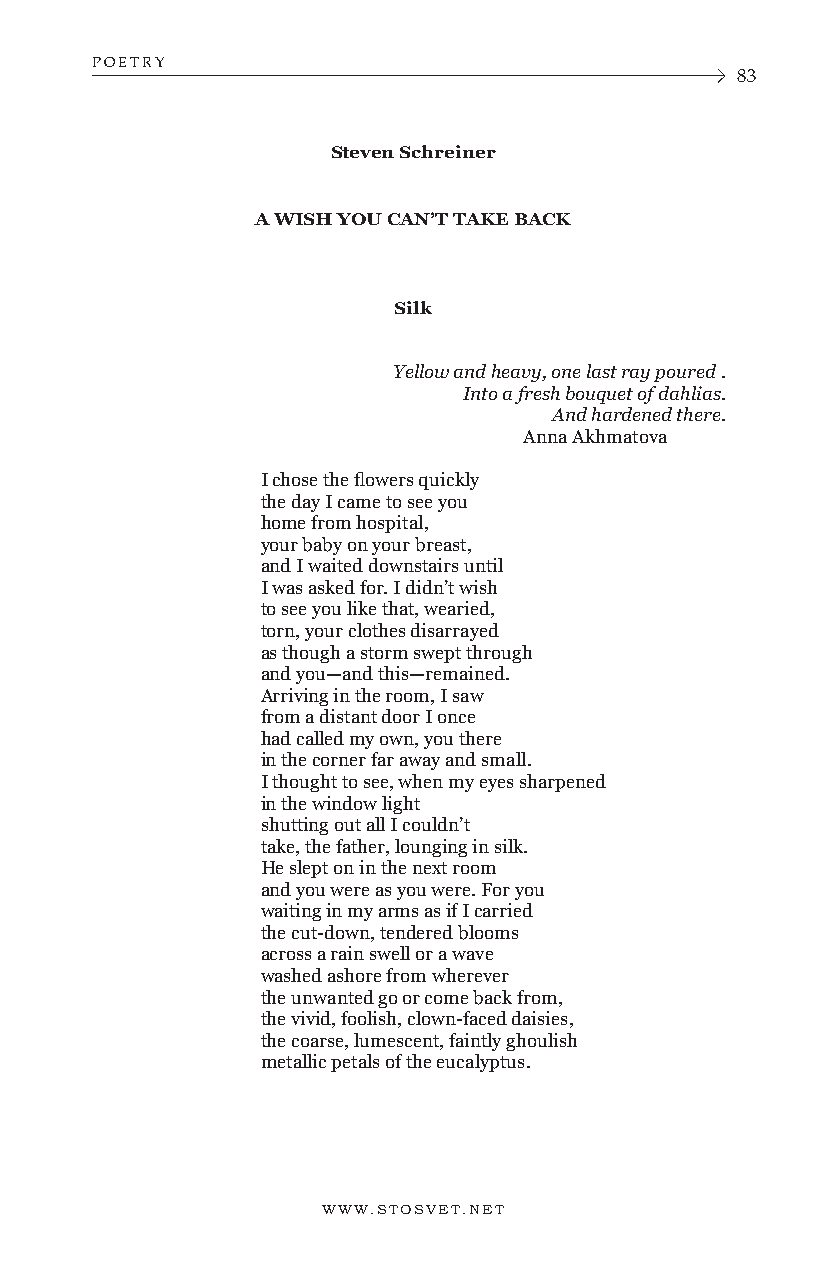
POETRY
 83
 Steven Schreiner
 A WISH YOU CAN’T TAKE BACK
 Silk
 Yellow and heavy, one last ray poured .
 Into a fresh bouquet of dahlias.
 And hardened there.
 Anna Akhmatova
 I chose the flowers quickly
 the day I came to see you
 home from hospital,
 your baby on your breast,
 and I waited downstairs until
 I was asked for. I didn’t wish
 to see you like that, wearied,
 torn, your clothes disarrayed
 as though a storm swept through
 and you—and this—remained.
 Arriving in the room, I saw
 from a distant door I once
 had called my own, you there
 in the corner far away and small.
 I thought to see, when my eyes sharpened
 in the window light
 shutting out all I couldn’t
 take, the father, lounging in silk.
 He slept on in the next room
 and you were as you were. For you
 waiting in my arms as if I carried
 the cut-down, tendered blooms
 across a rain swell or a wave
 washed ashore from wherever
 the unwanted go or come back from,
 the vivid, foolish, clown-faced daisies,
 the coarse, lumescent, faintly ghoulish
 metallic petals of the eucalyptus.
 WWW.STOSVET.NET      WWW.STOSVET.NET